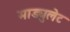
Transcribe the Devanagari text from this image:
माड्युलेट